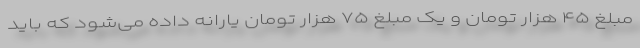
مبلغ ۴۵ هزار تومان و یک مبلغ ۷۵ هزار تومان یارانه داده می‌شود که باید